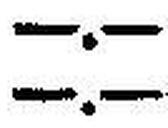
—.—